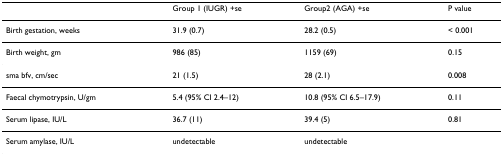
|  | Group 1 (IUGR) +se | Group2 (AGA) +se | P value |
 | --- | --- | --- | --- |
 | Birth gestation, weeks | 31.9 (0.7) | 28.2 (0.5) | < 0.001 |
 | Birth weight, gm | 986 (85) | 1159 (69) | 0.15 |
 | sma bfv, cm/sec | 21 (1.5) | 28 (2.1) | 0.008 |
 | Faecal chymotrypsin, U/gm | 5.4 (95% CI 2.4–12) | 10.8 (95% CI 6.5–17.9) | 0.11 |
 | Serum lipase, IU/L | 36.7 (11) | 39.4 (5) | 0.81 |
 | Serum amylase, IU/L | undetectable | undetectable |  |